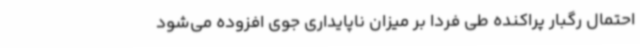
احتمال رگبار پراکنده طی فردا بر میزان ناپایداری جوی افزوده می‌شود